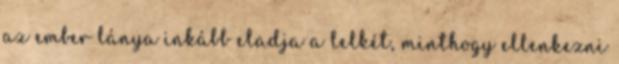
az ember lánya inkább eladja a lelkét, minthogy ellenkezni